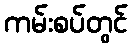
ကမ်းစပ်တွင်